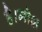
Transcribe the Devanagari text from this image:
है।मोक्ष